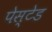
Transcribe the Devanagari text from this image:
पेस्टेड